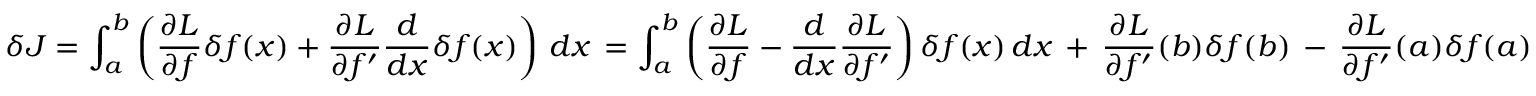
\delta J = \int _ { a } ^ { b } \left( { \frac { \partial L } { \partial f } } \delta f ( x ) + { \frac { \partial L } { \partial f ^ { \prime } } } { \frac { d } { d x } } \delta f ( x ) \right) \, d x \, = \int _ { a } ^ { b } \left( { \frac { \partial L } { \partial f } } - { \frac { d } { d x } } { \frac { \partial L } { \partial f ^ { \prime } } } \right) \delta f ( x ) \, d x \, + \, { \frac { \partial L } { \partial f ^ { \prime } } } ( b ) \delta f ( b ) \, - \, { \frac { \partial L } { \partial f ^ { \prime } } } ( a ) \delta f ( a )